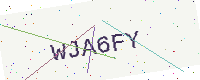
Text: WJA6FY